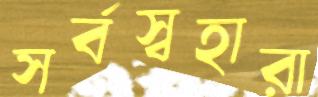
সর্বস্বহারা